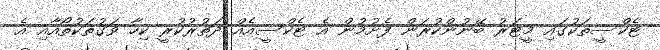
ޓެކްސީތަކުގައި މީޓަރު ބޭނުންކުރަން ފެށުމުން އެ ޓެކްސީއެއް ދަތުރުކުރީ ކިހާ ވަގުތަކުތޯއާއި އެ